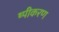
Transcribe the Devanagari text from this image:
ष्पीकरण